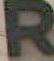
R